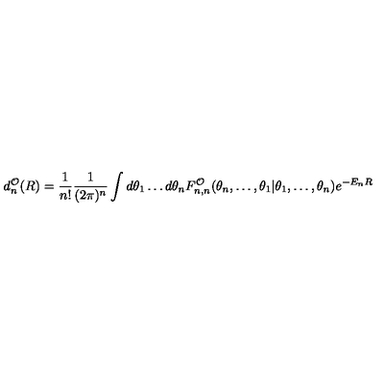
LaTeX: d _ { n } ^ { \cal O } ( R ) = \frac { 1 } { n ! } \frac { 1 } { ( 2 \pi ) ^ { n } } \int d \theta _ { 1 } \ldots d \theta _ { n } F _ { n , n } ^ { \cal O } ( \theta _ { n } , \ldots , \theta _ { 1 } | \theta _ { 1 } , \ldots , \theta _ { n } ) e ^ { - E _ { n } R } \,